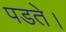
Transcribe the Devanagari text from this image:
पडते।